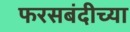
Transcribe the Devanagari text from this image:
फरसबंदीच्या